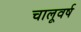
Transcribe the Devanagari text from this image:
चालूवर्ष